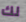
لك